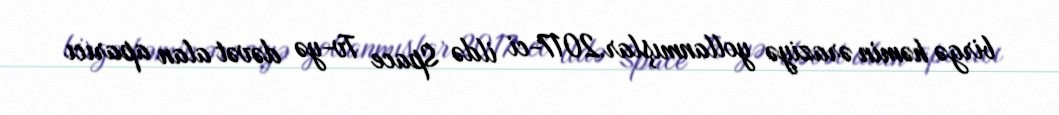
birgə həmin əraziyə yollanmışlar.2017-ci ildə Space Tv-yə dəvət alan aparıcı